Investigations on Bengal jail dietaries - Number 37
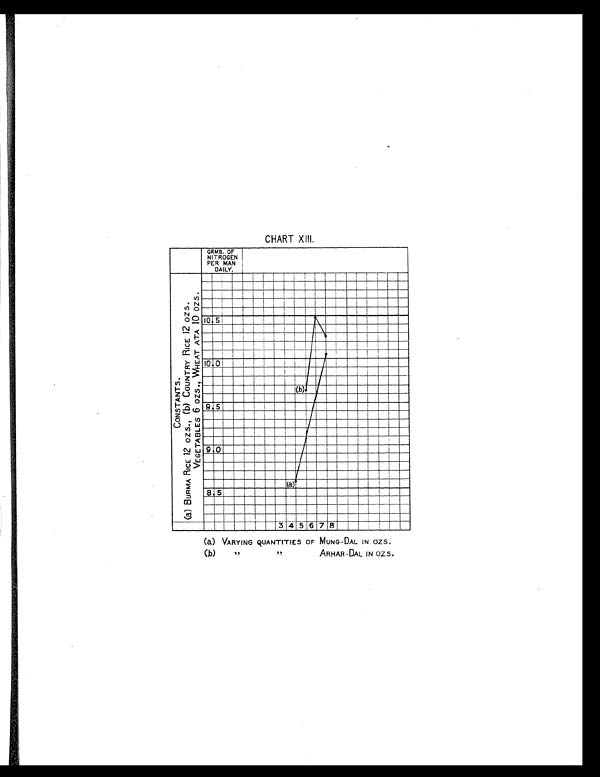
CHART XIII.
(a) VARYING QUANTITIES OF MUNG-DAL IN OZS.
(b)
"
"
ARHAR-DAL IN OZS.